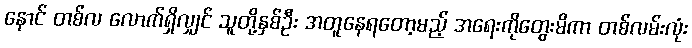
နောင် တစ်လ လောက်ရှိလျှင် သူတို့နှစ်ဦး အတူနေရတော့မည့် အရေးကိုတွေးမိကာ တစ်လမ်းလုံး